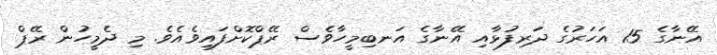
އޭނާގެ 15 އަހަރުގެ ދަރިފުޅާއި އޭނާގެ އަނބިމީހާވެސް ރޭޕްކޮށްފައިވެއެވެ. މި ދެމީހުން ރޭޕް